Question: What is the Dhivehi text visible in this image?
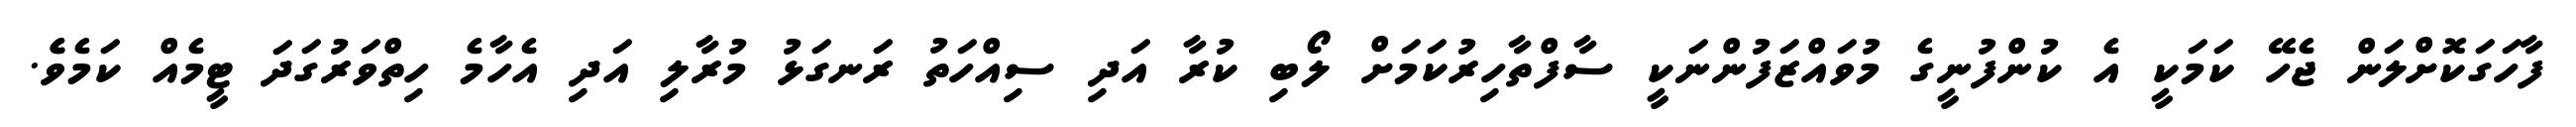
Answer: ފާހަގަކޮށްލަން ޖެހޭ ކަމަކީ އެ ކުންފުނީގެ މުވައްޒަފުންނަކީ ސާފްތާހިރުކަމަށް ލޯބި ކުރާ އަދި ސިއްހަތު ރަނގަޅު މުރާލި އަދި އެހާމެ ހިތްވަރުގަދަ ޓީމެއް ކަމެވެެ.